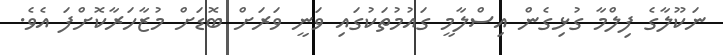
ނަކޫލާގެ ފިލްމާ ގުޅިގެން އިސްލާމީ ގައުމުތަކުގައި ވަނީ ވަރަށް ބޮޑަށް މުޒާހަރާކޮށްފަ އެވެ.